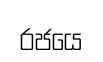
රජයෙ